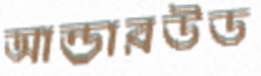
আন্ডারউড